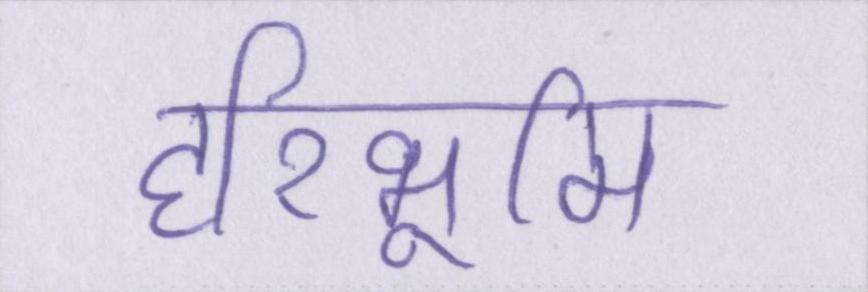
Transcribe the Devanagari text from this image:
हरिभूमि